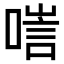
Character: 𠻂